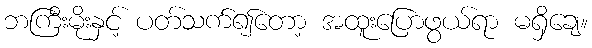
ဘကြီးမိုးနှင့် ပတ်သက်၍တော့ အထူးပြောဖွယ်ရာ မရှိချေ။